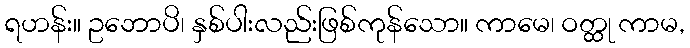
ရဟန်း။ ဥဘောပိ၊ နှစ်ပါးလည်းဖြစ်ကုန်သော။ ကာမေ၊ ဝတ္ထု ကာမ,